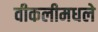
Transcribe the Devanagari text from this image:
वीकलीमधले